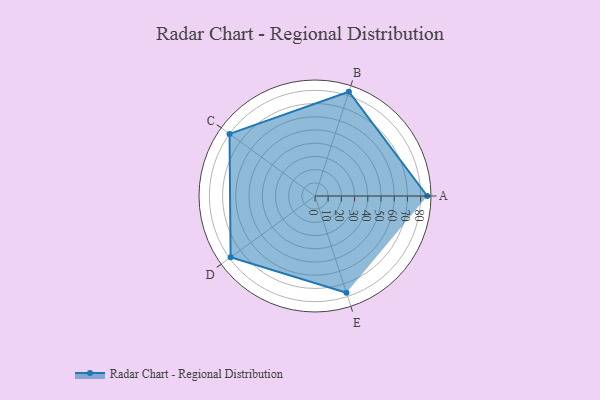
{"axis": {"x": "Skill", "y": "Score"}, "legend": ["Profile"], "data": [{"x": "A", "y": 85.0, "type": "Profile"}, {"x": "B", "y": 83.0, "type": "Profile"}, {"x": "C", "y": 80.0, "type": "Profile"}, {"x": "D", "y": 79.0, "type": "Profile"}, {"x": "E", "y": 77.0, "type": "Profile"}]}